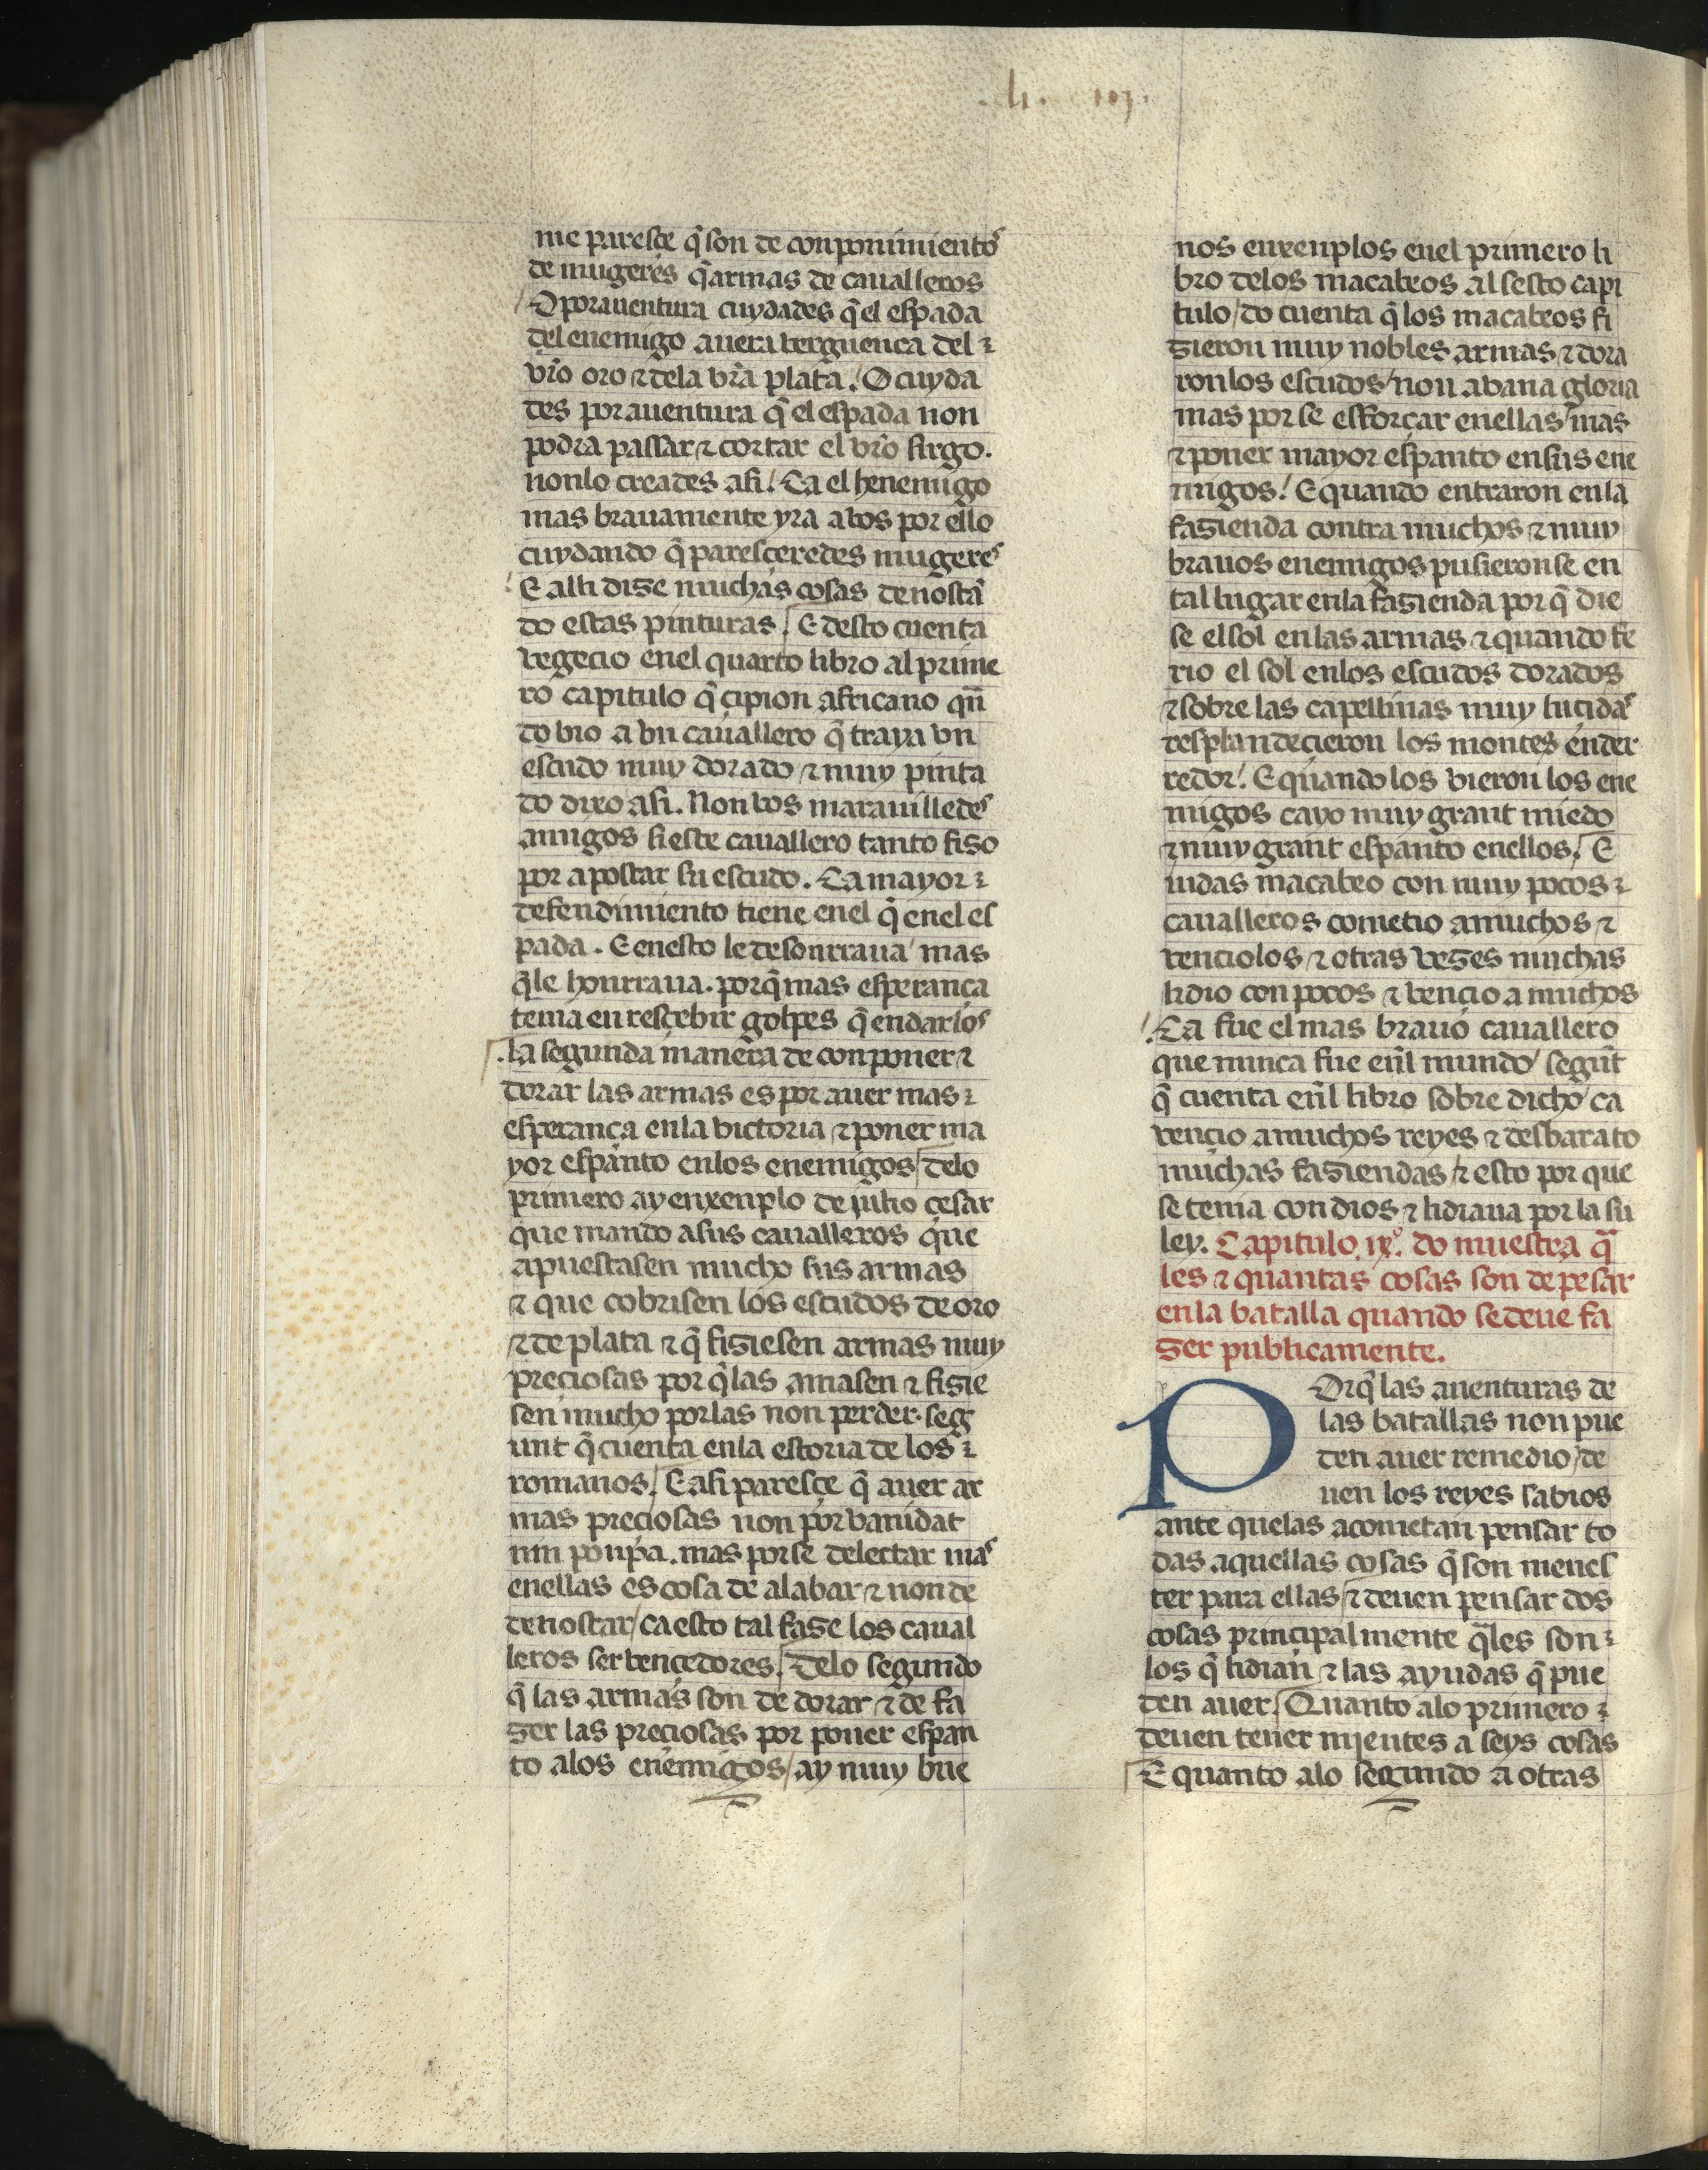
Shelfmark: Madrid, Fundación Lázaro Galdiano, mss 289
Century: 15